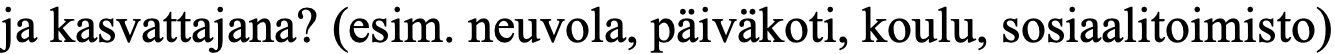
ja kasvattajana? (esim. neuvola, päiväkoti, koulu, sosiaalitoimisto)